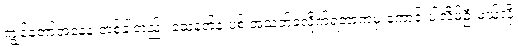
ကျွန်တော့်အနေနဲ့ တစ်ခါတည်း သေနတ်နဲ့ ပစ် အသတ်ခံလိုက်ရတာကမှ ကောင်းပါလိမ့်ဦးမယ်လို့